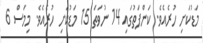
މަޑުކަށި ހުރެއެވެ. ކަންފަތުގައި 14 ނުވަތަ 15 މަޑުކަށި ހުރެއެވެ. މިމަސް 6